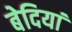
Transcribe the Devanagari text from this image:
बेदियां